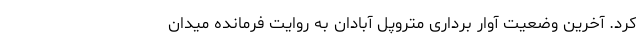
کرد. آخرین وضعیت آوار برداری متروپل آبادان به روایت فرمانده میدان